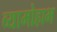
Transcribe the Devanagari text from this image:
व्यामोहाभ